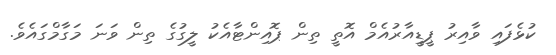
ކުޅެފައި ވާއިރު ޕީޑީއާރުއެމް އޮތީ ތިން ޕޮއިންޓާއެކު ލީގުގެ ތިން ވަނަ މަގާމްގައެވެ.